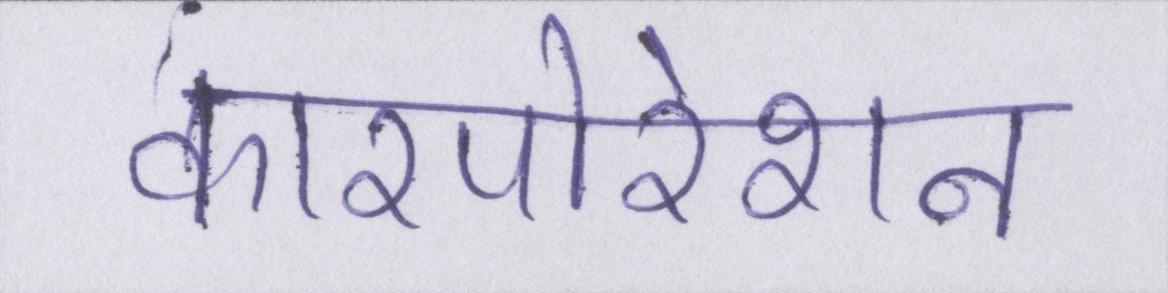
कारपोरेशन